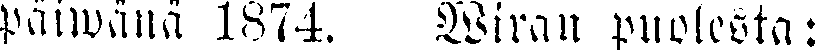
päiwänä 1874. Wiran puolesta: